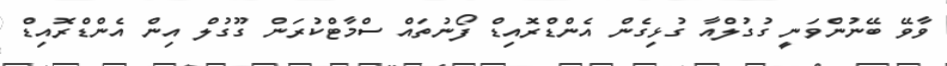
ވާވޭ ބޭނުންވަނީ ގުގުލްއާ ގުޅިގެން އެންޑްރޮއިޑް ފޯނުތައް ސްމާޓްކުރަން ގޫގުލް އިން އެންޑްރޮއިޑް